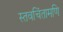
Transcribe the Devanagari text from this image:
स्तवचिंतामणि